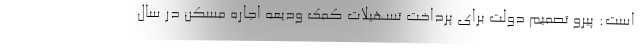
است: پیرو تصمیم دولت برای پرداخت تسهیلات کمک ودیعه اجاره مسکن در سال